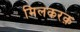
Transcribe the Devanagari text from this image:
मिलकरक़